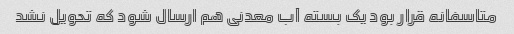
متاسفانه قرار بود یک بسته آب معدنی هم ارسال شود که تحویل نشد